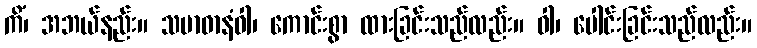
ကိံ၊ အဘယ်နည်း။ သမာဓာနံဝါ၊ ကောင်းစွာ ထားခြင်းသည်လည်း။ ဝါ၊ ပေါင်းခြင်းသည်လည်း။